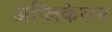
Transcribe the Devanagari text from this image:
अप्लिकेसन